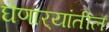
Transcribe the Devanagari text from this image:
घेणार्‍यांतील